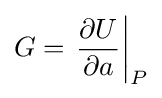
G=\left.{\frac {\partial U}{\partial a}}\right|_{P}